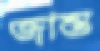
জান্ত